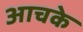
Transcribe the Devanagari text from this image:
आचके